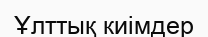
Ұлттық киімдер